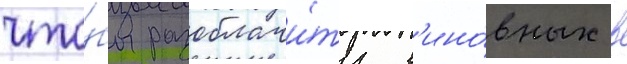
что́бы разоблачи́ть в'ино́вных в